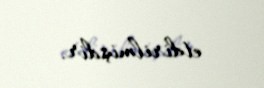
etdirilmişdir.